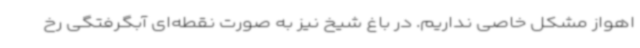
اهواز مشکل خاصی نداریم. در باغ شیخ نیز به صورت نقطه‌ای آبگرفتگی رخ